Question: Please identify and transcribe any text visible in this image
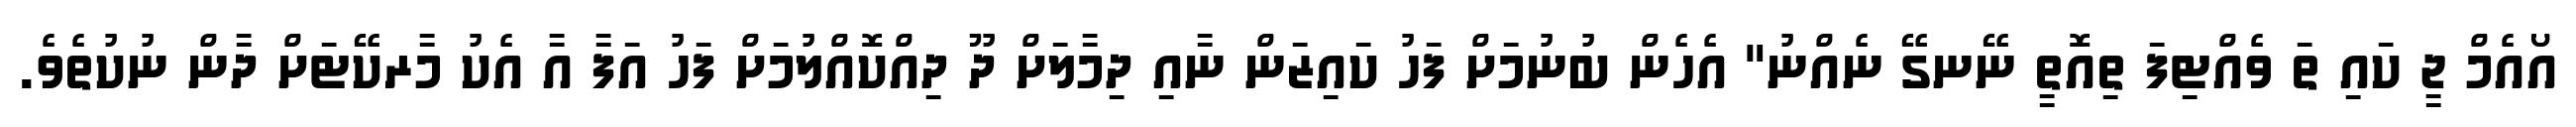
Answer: އޯއެމް ޖީ ކައި ތަ ވެއްޓިފަ ތިއޮތީ ނޭނގޭ ނެއްނު" އެހެން ބުނުމަށް ފަހު ކައިޒަން ނާއި ދިމާލަށް ދޫ ދިއްކޮއްލުމަށް ފަހު އަފާ އާ އެކު މާރކޭޓަށް ދާން ނުކުތެވެ.